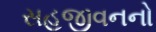
સહજીવનનો